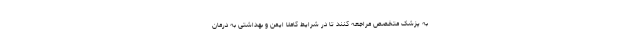
به پزشک متخصص مراجعه کنند تا در شرایط کاملا ایمن و بهداشتی به درمان